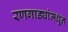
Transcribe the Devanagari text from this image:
रणगाड्यांमधून